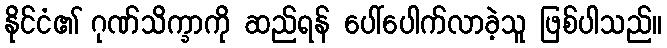
နိုင်ငံ၏ ဂုဏ်သိက္ခာကို ဆည်ရန် ပေါ်ပေါက်လာခဲ့သူ ဖြစ်ပါသည်။